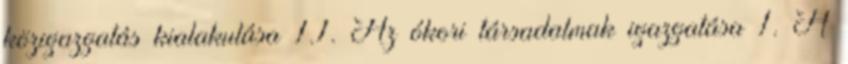
közigazgatás kialakulása 1.1. Az ókori társadalmak igazgatása 1. A